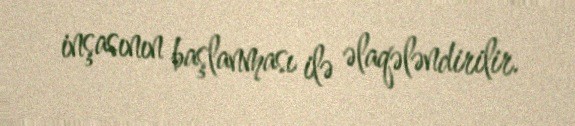
inşasının başlanması ilə əlaqələndirilir.